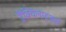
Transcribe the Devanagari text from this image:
ट्रैंक्विलाइज़र्स